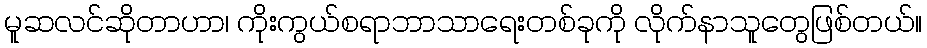
မူဆလင်ဆိုတာဟာ၊ ကိုးကွယ်စရာဘာသာရေးတစ်ခုကို လိုက်နာသူတွေဖြစ်တယ်။